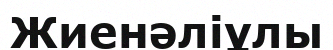
Жиенәліұлы